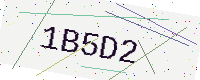
Text: 1B5D2